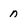
Character: n